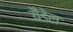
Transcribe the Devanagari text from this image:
यैंडेल